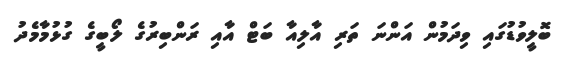
ބޮލީވުޑުގައި ވިދަމުން އަންނަ ތަރި އާލިއާ ބަޓް އާއި ރަންބިރުގެ ލޯބީގެ ގުޅުމާމެދު